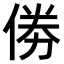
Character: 𠉮